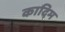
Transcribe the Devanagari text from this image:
कादिम